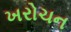
ખરોચન